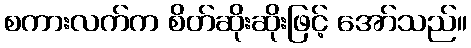
စကားလက်က စိတ်ဆိုးဆိုးဖြင့် အော်သည်။